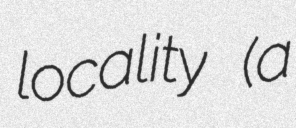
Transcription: locality (a